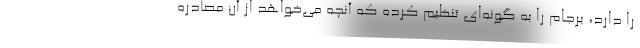
را دارد، برجام را به گونه‌ای تنظیم کرده که آنچه می‌خواهد از آن مصادره